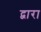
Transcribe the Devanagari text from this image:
द्वारा